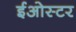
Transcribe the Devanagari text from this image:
ईओस्टर